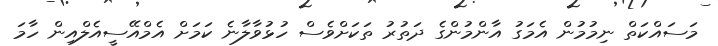
މަސައްކަތް ނިމުމުން އެމަގު އާންމުންގެ ދަތުރު ތަކަށްވެސް ހުޅުވާލާނެ ކަމަށް އެމްއޭސީއެލްއިން ހާމަ